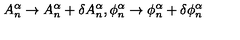
A _ { n } ^ { \alpha } \rightarrow A _ { n } ^ { \alpha } + \delta A _ { n } ^ { \alpha } , \phi _ { n } ^ { \alpha } \rightarrow \phi _ { n } ^ { \alpha } + \delta \phi _ { n } ^ { \alpha }